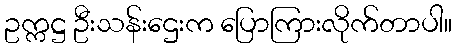
ဥက္ကဋ္ဌ ဦးသန်းဌေးက ပြောကြားလိုက်တာပါ။